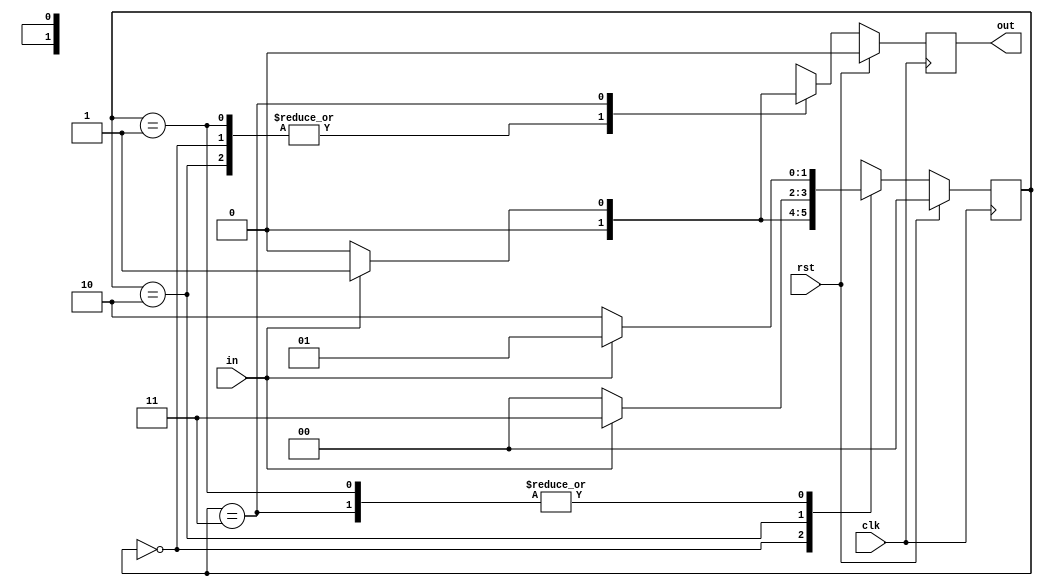
`timescale 1ns / 1ps
//////////////////////////////////////////////////////////////////////////////////
// Company: 
// 
// Design Name: Overlapping Mealy Sequence Detector "1011"
// Module Name: mealy
// Project Name: 
// Target Devices: 
// Tool Versions: 
// Description: 
// 
// Dependencies: 
// 
// Revision:
// Revision 0.01 - File Created
// Additional Comments:
// 
//////////////////////////////////////////////////////////////////////////////////


module mealy(input clk,
             input rst,
             input in,
             output reg out
);

        parameter s0 = 0, s1 = 1, s10 = 2, s101 = 3;
        reg [1:0] state;
        
        always @(posedge clk) begin
            if(rst) begin
                out <= 0;
                state <= s0;
            end
            else begin
                case(state)
                    s0: begin
                        state <= in ? s1 : s0;
                        out <= 0;
                    end 
                    s1: begin
                        state <= in ? s1 : s10;
                        out <= 0;
                    end 
                    s10: begin
                        state <= in ? s101 : s0;
                        out <= 0;
                    end
                    s101: begin
                        state <= in ? s1 : s10;
                        out <= in ? 1 : 0;
                    end 
                    default: begin
                        state <= s0;
                        out <= 0;
                    end
                endcase
            end
        end
endmodule